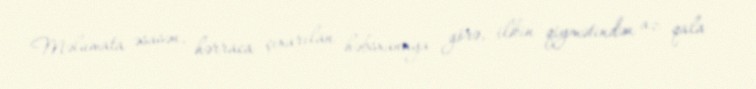
Məlumata əsasən, hərraca çıxarılan həbsxanaya görə, ilkin qiymətindən az qala